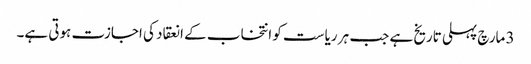
3 مارچ پہلی تاریخ ہے جب ہر ریاست کو انتخاب کے انعقاد کی اجازت ہوتی ہے۔